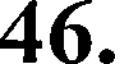
46.